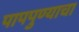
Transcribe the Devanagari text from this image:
पापपुण्याचा